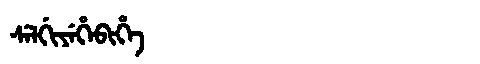
Manchu: ᠰᡝᠯᡤᡳᠶᡝᡥᡝᠪᡳᡥᡝ
Romanization: SELGIYEHEBIHE